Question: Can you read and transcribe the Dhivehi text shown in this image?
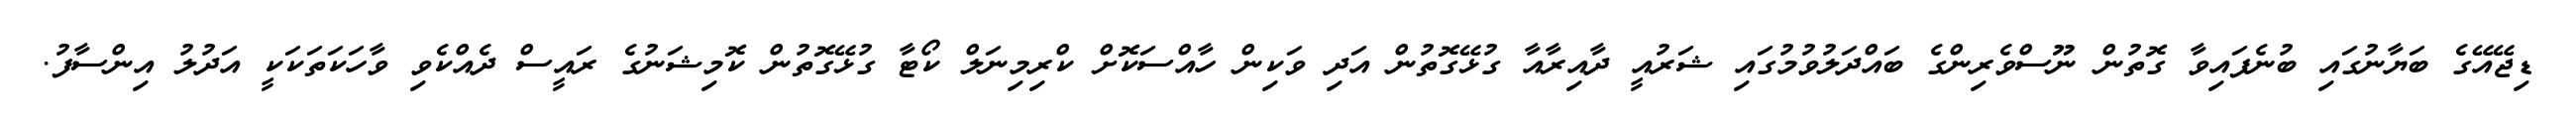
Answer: ޑިޖޭއޭގެ ބަޔާނުގައި ބުނެފައިވާ ގޮތުން ނޫސްވެރިންގެ ބައްދަލުވުމުގައި ޝަރުއީ ދާއިރާއާ ގުޅޭގޮތުން އަދި ވަކިން ހާއްސަކޮށް ކްރިމިނަލް ކޯޓާ ގުޅޭގޮތުން ކޮމިޝަނުގެ ރައީސް ދެއްކެވި ވާހަކަތަކަކީ އަދުލު އިންސާފު.